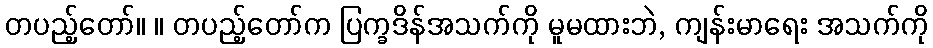
တပည့်တော်။ ။ တပည့်တော်က ပြက္ခဒိန်အသက်ကို မူမထားဘဲ, ကျန်းမာရေး အသက်ကို